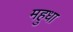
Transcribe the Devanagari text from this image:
महुधा